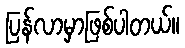
ပြန်လာမှာဖြစ်ပါတယ်။